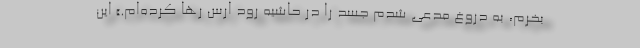
بخرم، به دروغ مدعی شدم جسد را در حاشیه رود ارس رها کرده‌ام.» این